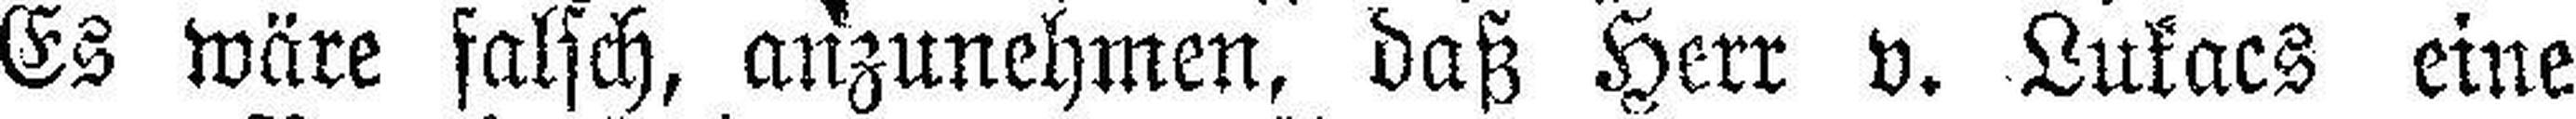
Es wäre falsch, anzunehmen, daß Herr v. Lukacs eine